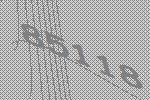
85118